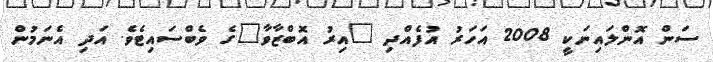
ސަން އޮންލައިނަކީ 2008 އަހަރު އުފެއްދި "އިރު އޮބްޒާވާ"ގެ ވެބްސައިޓެވެ. އަދި އެނަމުން